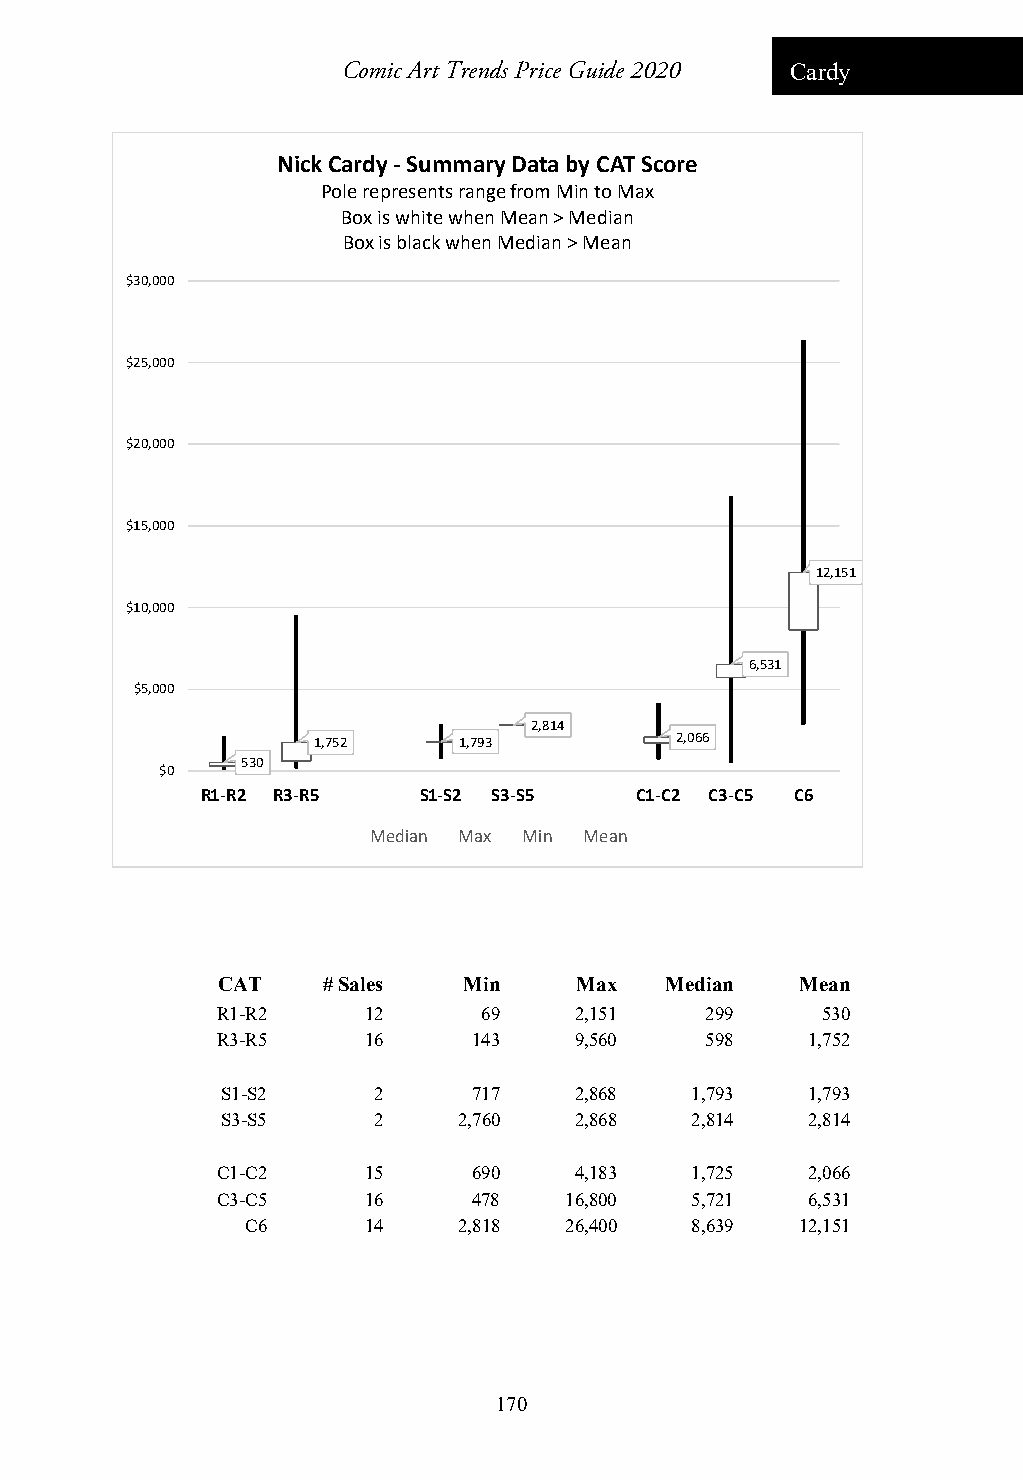
Comic Art Trends Price Guide 2020 Cardy
 Nick Cardy ‐Summary Data by CAT Score
 Pole represents range from Min to Max
 Box is white when Mean > Median
 Box is black when Median > Mean
 $30,000
 $25,000
 $20,000
 $15,000
 12,151
 $10,000
 6,531
 $5,000
 2,814
 1,752    1,793          2,066
 530
 $0
 R1‐R2 R3‐R5    S1‐S2 S3‐S5   C1‐C2 C3‐C5 C6
 Median Max Min Mean
 CAT    # Sales   Min    Max   Median   Mean
 R1-R2     12      69    2,151    299    530
 R3-R5     16     143    9,560    598   1,752
 S1-S2     2     717    2,868   1,793  1,793
 S3-S5     2    2,760   2,868   2,814  2,814
 C1-C2     15     690    4,183   1,725  2,066
 C3-C5     16     478   16,800   5,721  6,531
 C6      14    2,818  26,400   8,639  12,151
 170